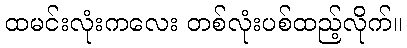
ထမင်းလုံးကလေး တစ်လုံးပစ်ထည့်လိုက်။